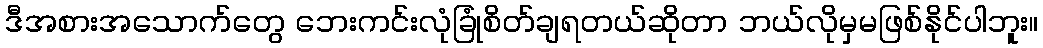
ဒီအစားအသောက်တွေ ဘေးကင်းလုံခြုံစိတ်ချရတယ်ဆိုတာ ဘယ်လိုမှမဖြစ်နိုင်ပါဘူး။